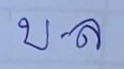
บ . ล